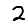
Digit: 2